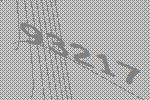
93217